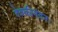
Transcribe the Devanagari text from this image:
देवकीनंदनः